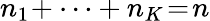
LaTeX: n_{1}\! +\cdots+n_{K}\! =\! n